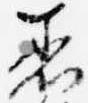
着